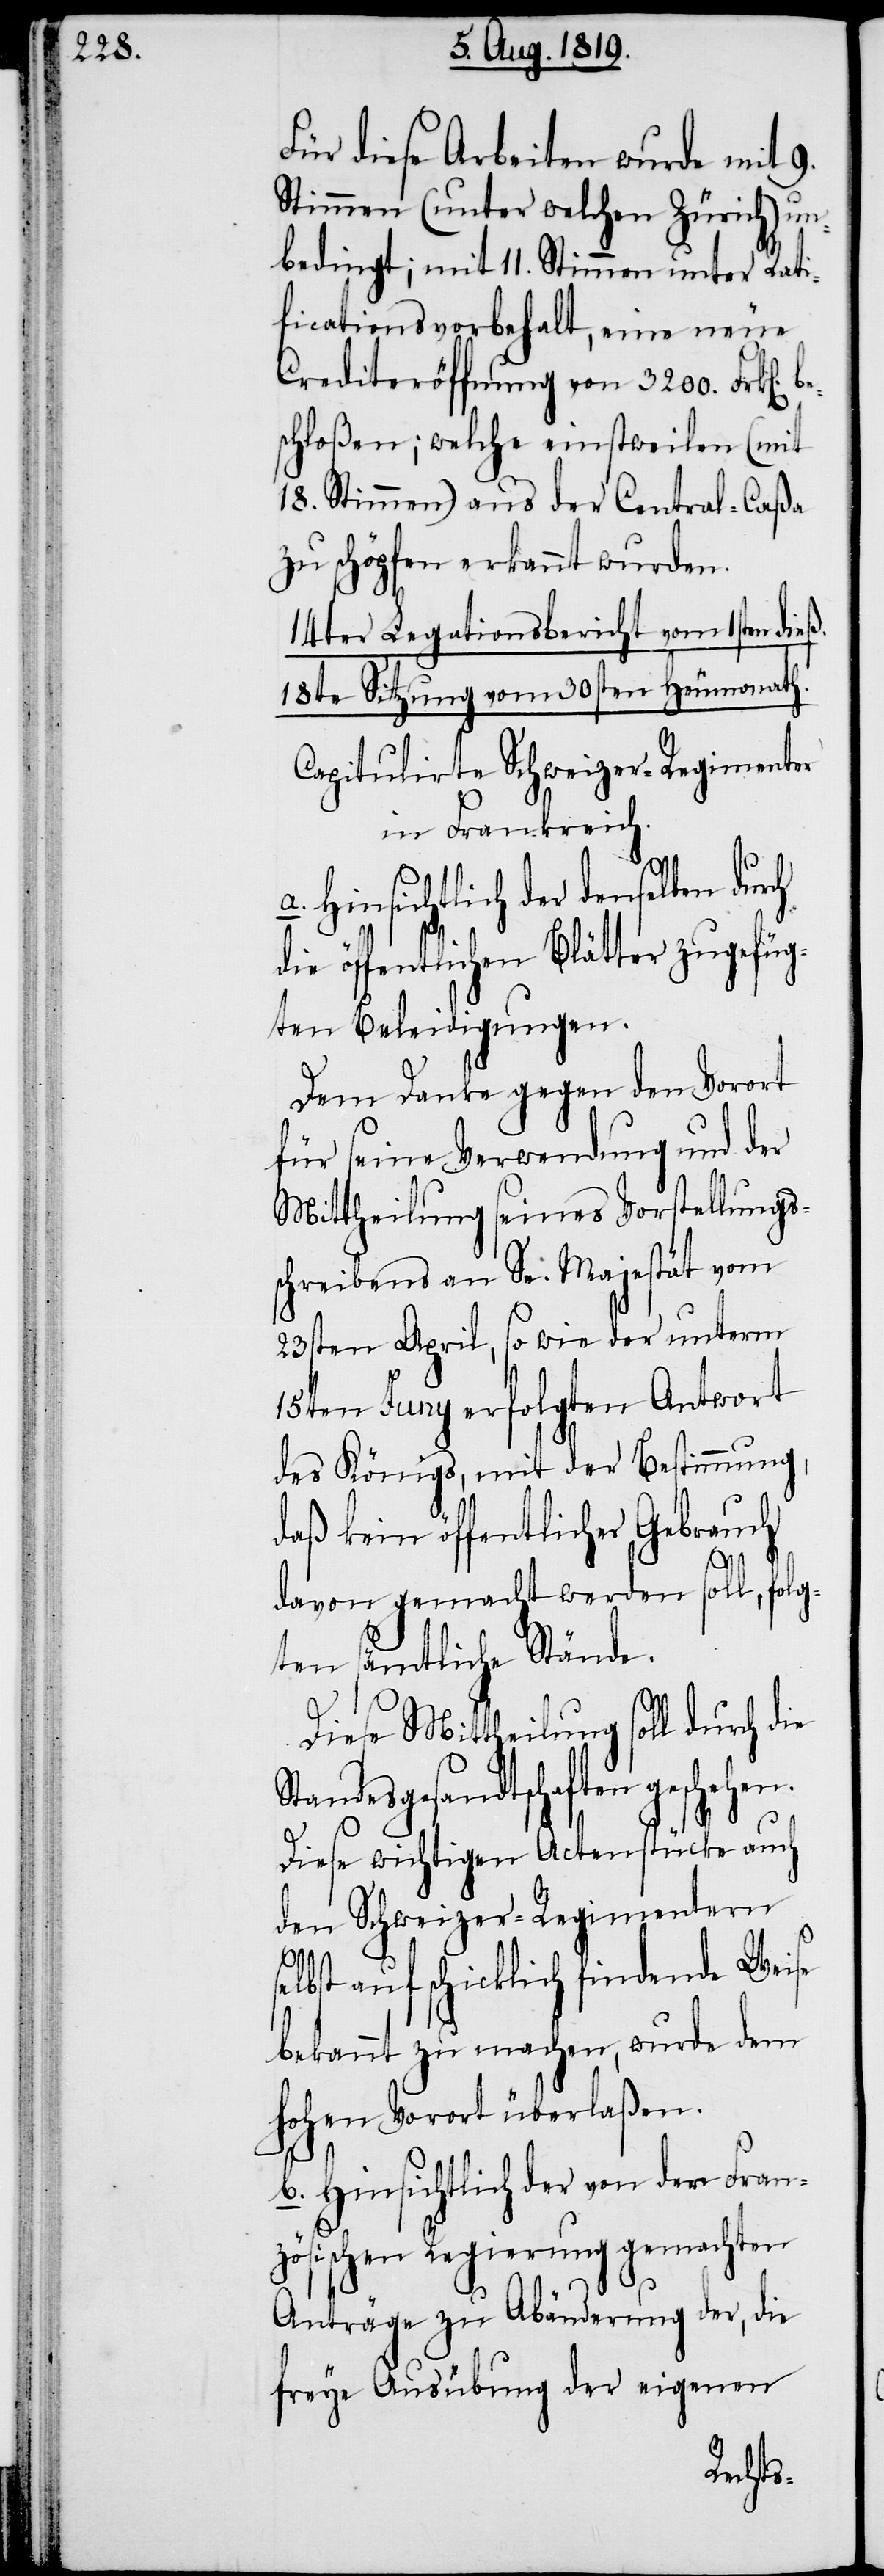
Für diese Arbeiten wurde mit 9.
Stimmen (unter welchen Zürich) un¬
bedingt; mit 11. Stimmen unter Rati¬
ficationsvorbehalt, eine neue
Crediteröffnung von 3200. Frk[en].
schloßen; welche einstweilen (mit
18. Stimmen) aus der Central-Caßa
zu schöpfen erkannt wurden.
14ter Legationsbericht vom 1sten dieß.
18te Sitzung vom 30sten Heumonath.
Capitulirte Schweizer-Regimenter
in Frankreich.
a. Hinsichtlich der denselben durch
die öffentlichen Blätterr zugefüg¬
Dem Danke gegen den Vorort
für seine Verwendung und der
Mittheilung seines Vorstellungs¬
schreibens an Se. Majestät vom
s¬
23sten April, so wie der unterm
15ten Juny erfolgten Antwort
des Königs, mit der Bestimmung,
daß kein öffentlicher Gebrauch
davon gemacht werden soll, folg¬
ten sämtliche Stände.l
Diese Mittheilung soll durch die
Standesgesandtschaften geschehe¬
Diese wichtigen Actenstücke auch
den Schweizer-Regimentern
elbst auf schicklich findende Weise
bekannt zu machen, wurde dem
hohen Vorort überlaßen.
b. Hinsichtlich der von der Fran¬
zösischen Regierung gemachten
Anträge zu Abänderung der, die
freye Ausübung der eigenen